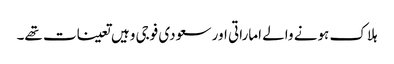
ہلاک ہونے والے اماراتی اور سعودی فوجی وہیں تعینات تھے۔